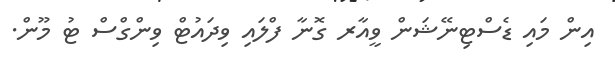
އިން މައި ޑެސްޓިނޭޝަން ވީއާރ ގޮނާ ފްލައި ވިދައުޓް ވިންގްސް ޓު މޫން.